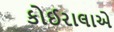
કોઈરાલાએ